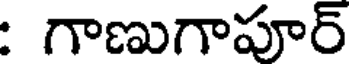
: గాణుగాపూర్